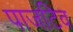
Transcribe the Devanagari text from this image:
पाजटिव